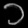
Digit: ၁